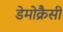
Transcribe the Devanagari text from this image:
डेमोक्रैसी